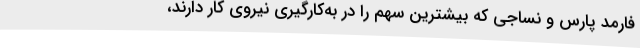
فارمد پارس و نساجی که بیشترین سهم را در به‌کارگیری نیروی کار دارند،